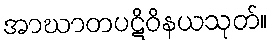
အာဃာတပဋိဝိနယသုတ်။